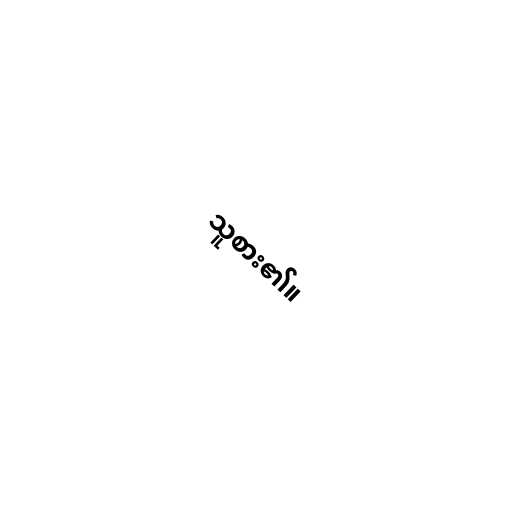
သူစား၏။